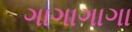
ગાગાગાગા